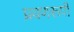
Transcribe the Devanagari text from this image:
प्रवणरूपी